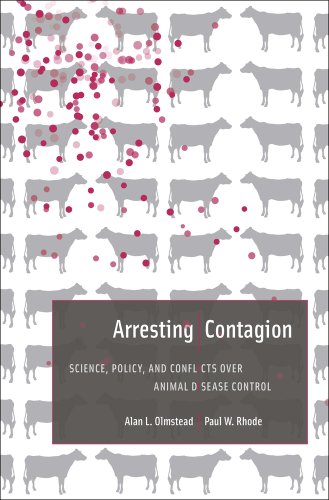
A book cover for Arresting Contagion: Science, Policy, and Conflicts over Animal Disease Control; Alan L. Olmstead; Cookbooks, Food & Wine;